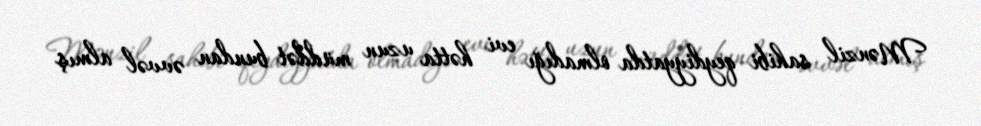
Mənzil sahibi qeydiyyatda olmadığı evi hətta uzun müddət bundan əvvəl almış